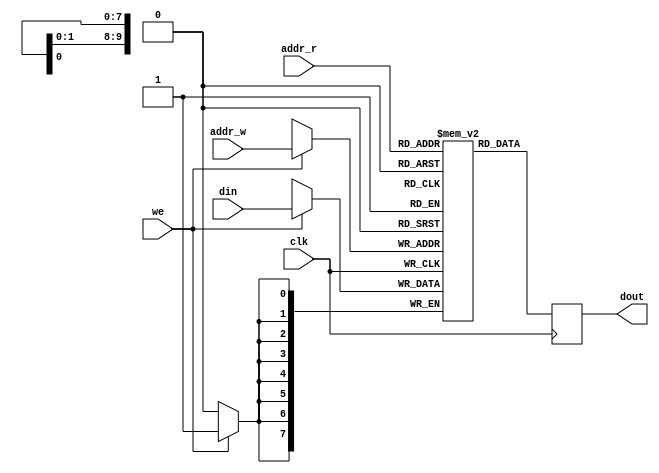
`timescale 1ns / 1ps
//////////////////////////////////////////////////////////////////////////////////
// Company: 
// Engineer: 
// 
// Design Name: 
// Module Name: bram_simple_synch_dual_port
// Project Name: 
// Target Devices: 
// Tool Versions: 
// Description: 
// 
// Dependencies: 
// 
// Revision:
// Revision 0.01 - File Created
// Additional Comments:
// 
//////////////////////////////////////////////////////////////////////////////////


module bram_simple_synch_dual_port
    #(parameter ADDR_WIDTH = 10, DATA_WIDTH = 8)
    (
        input clk,
        input we,
        input [ADDR_WIDTH - 1: 0] addr_r, addr_w,
        input [DATA_WIDTH - 1: 0] din,
        output reg [DATA_WIDTH - 1: 0] dout
    );    
    
    reg [DATA_WIDTH - 1: 0] memory [0: 2 ** ADDR_WIDTH - 1];
    
    // port a
    always @(posedge clk)
    begin
        if (we)
            memory[addr_w] <= din;
            
        dout <= memory[addr_r];            
    end

endmodule